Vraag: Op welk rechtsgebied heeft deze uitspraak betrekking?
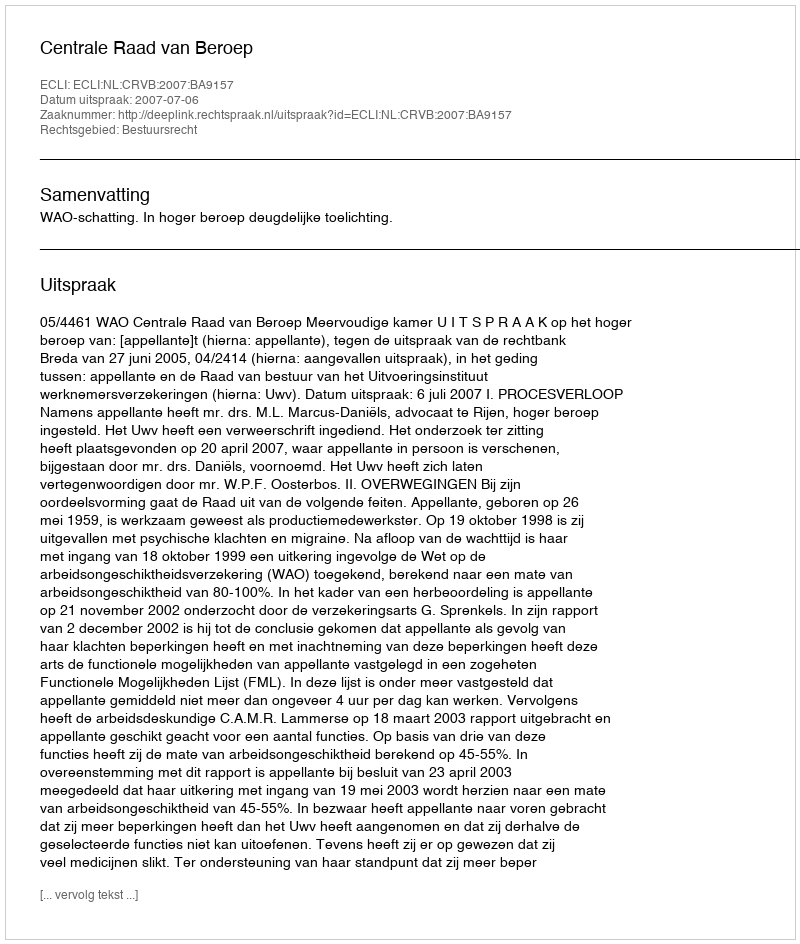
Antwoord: Bestuursrecht